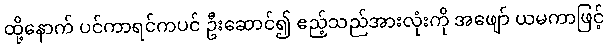
ထို့နောက် ပင်ကာရင်ကပင် ဦးဆောင်၍ ဧည့်သည်အားလုံးကို အဖျော် ယမကာဖြင့်